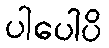
ပါပေါပိ